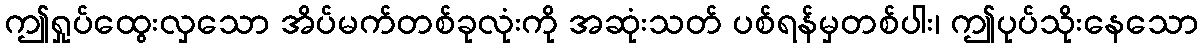
ဤရှုပ်ထွေးလှသော အိပ်မက်တစ်ခုလုံးကို အဆုံးသတ် ပစ်ရန်မှတစ်ပါး၊ ဤပုပ်သိုးနေသော